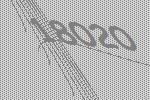
18020